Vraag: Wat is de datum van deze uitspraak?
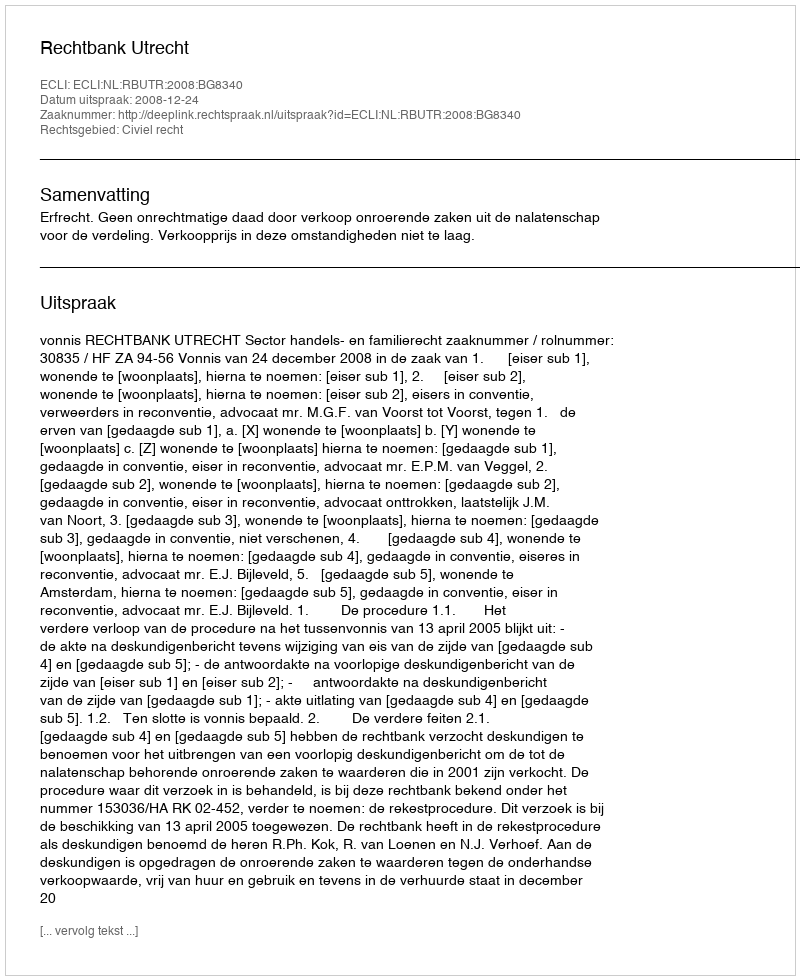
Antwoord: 2008-12-24